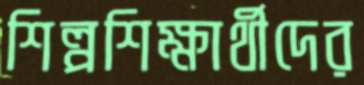
শিল্পশিক্ষার্থীদের